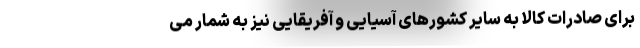
برای صادرات کالا به سایر کشورهای آسیایی و آفریقایی نيز به شمار می